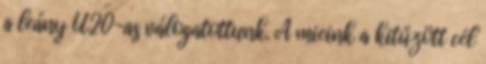
a leány U20-as válogatottunk. A mieink a kitűzött cél